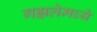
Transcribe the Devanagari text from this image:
गझलेमध्ये